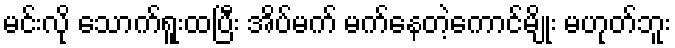
မင်းလို သောက်ရူးထပြီး အိပ်မက် မက်နေတဲ့ကောင်မျိုး မဟုတ်ဘူး